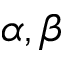
\alpha , \beta